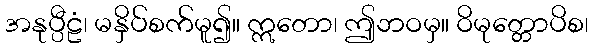
အနုပ္ပီဠံ၊ မနှိပ်စက်မူ၍။ ဣတော၊ ဤဘဝမှ။ ဝိမုတ္တောပိစ၊